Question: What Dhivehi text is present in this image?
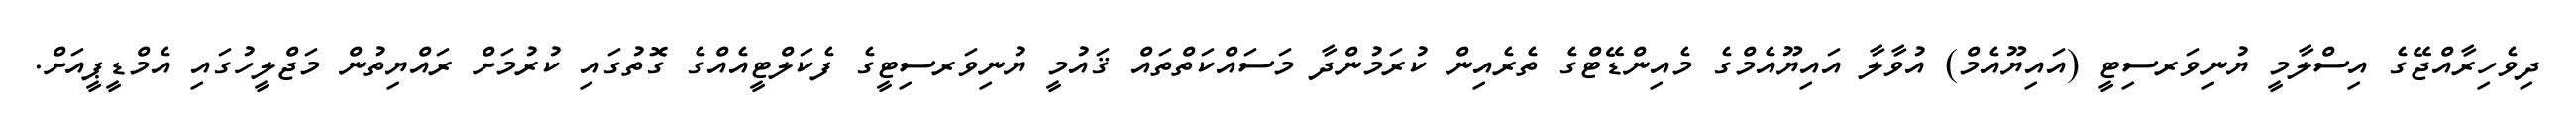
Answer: ދިވެހިރާއްޖޭގެ އިސްލާމީ ޔުނިވަރސިޓީ (އައިޔޫއެމް) އުވާލާ އައިޔޫއެމްގެ މެއިންޑޭޓްގެ ތެރެއިން ކުރަމުންދާ މަސައްކަތްތައް ޤައުމީ ޔުނިވަރސިޓީގެ ފެކަލްޓީއެއްގެ ގޮތުގައި ކުރުމަށް ރައްޔިތުން މަޖްލީހުގައި އެމްޑީޕީއަށް.